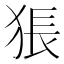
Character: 𤟔